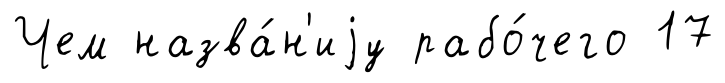
Чем назва́н'иjу рабо́чего 17